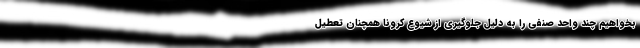
بخواهیم چند واحد صنفی را به دلیل جلوگیری از شیوع کرونا همچنان تعطیل